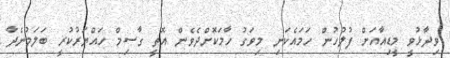
ވިދާޅުވީ މީޑިއާއަށް ފުލުހުން ހަމައެކަނި މިވަގު ހާމަކޮށްދެވެން އޮތީ ގާސިމް ހައްޔަރުކުރީ ބަލަމުންދާ